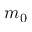
m _ { 0 }